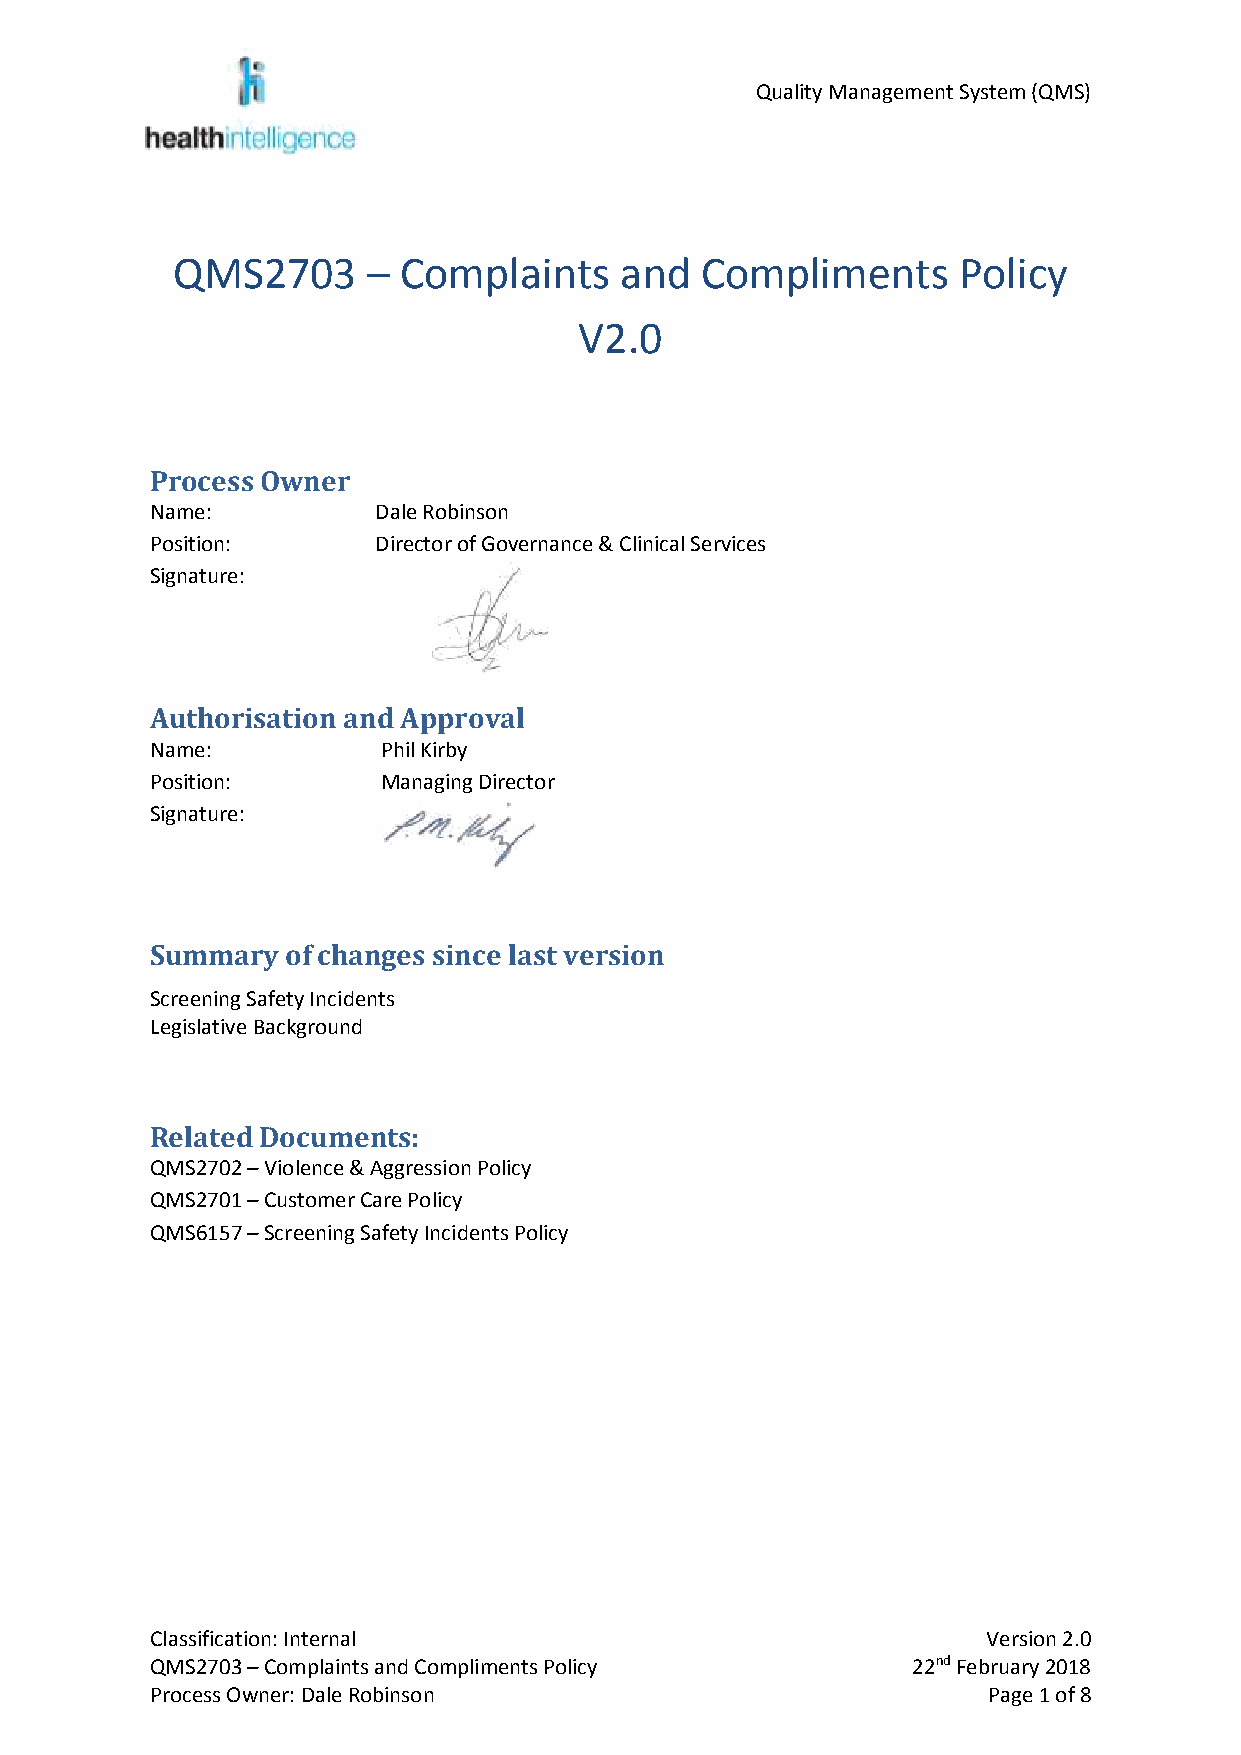
Quality Management System (QMS)
 QMS2703      – Complaints     and  Compliments      Policy
 V2.0
 Process Owner
 Name:          Dale Robinson
 Position:      Director of Governance & Clinical Services
 Signature:
 Authorisation and Approval
 Name:          Phil Kirby
 Position:      Managing Director
 Signature:
 Summary  of changes since last version
 Screening Safety Incidents
 Legislative Background
 Related Documents:
 QMS2702 – Violence & Aggression Policy
 QMS2701 – Customer Care Policy
 QMS6157 – Screening Safety Incidents Policy
 Classification: Internal                               Version 2.0
 QMS2703 – Complaints and Compliments Policy       22nd February 2018
 Process Owner: Dale Robinson                           Page 1 of 8